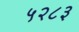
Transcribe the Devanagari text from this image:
५२८३